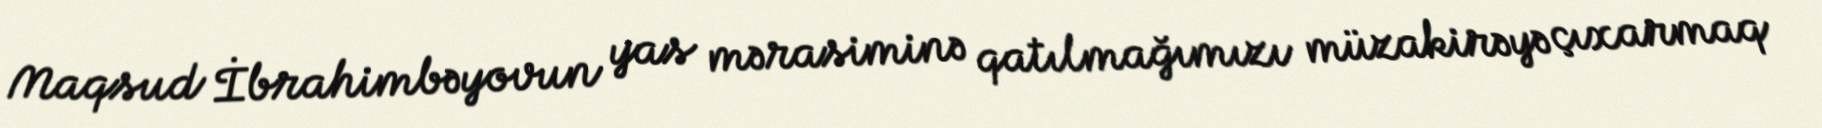
Maqsud İbrahimbəyovun yas mərasiminə qatılmağımızı müzakirəyə çıxarmaq